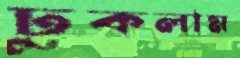
ঢুকলাম